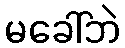
မခေါ်ဘဲ